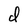
Character: d